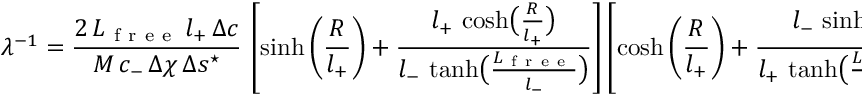
\lambda ^ { - 1 } = \frac { 2 \, L _ { \mathrm { ~ f ~ r ~ e ~ e ~ } } \, l _ { + } \, \Delta c } { M \, c _ { - } \, \Delta \chi \, \Delta s ^ { \star } } \, \left[ \sinh \left( \frac { R } { l _ { + } } \right) + \frac { l _ { + } \, \cosh \bigl ( \frac { R } { l _ { + } } \bigr ) } { l _ { - } \, \operatorname { t a n h } \bigl ( \frac { L _ { \mathrm { ~ f ~ r ~ e ~ e ~ } } } { l _ { - } } \bigr ) } \right] \left[ \cosh \left( \frac { R } { l _ { + } } \right) + \frac { l _ { - } \, \sinh \bigl ( \frac { R } { l _ { + } } \bigr ) } { l _ { + } \, \operatorname { t a n h } \bigl ( \frac { L _ { \mathrm { ~ f ~ r ~ e ~ e ~ } } } { l _ { - } } \bigr ) } \right] \, .